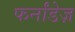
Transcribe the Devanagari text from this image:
फर्नांडेज़